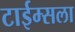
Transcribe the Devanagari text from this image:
टाईम्सला